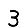
Digit: 3